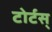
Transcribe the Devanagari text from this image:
टोर्टस्